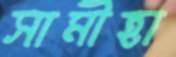
সামীহা